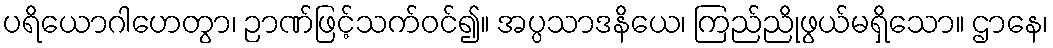
ပရိယောဂါဟေတွာ၊ ဉာဏ်ဖြင့်သက်ဝင်၍။ အပ္ပသာဒနိယေ၊ ကြည်ညိုဖွယ်မရှိသော။ ဌာနေ၊